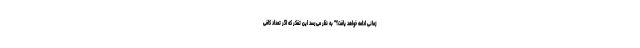
زمانی ادامه خواهد یافت؟" به نظر می‌رسد این تفکر که اگر تعداد کافی